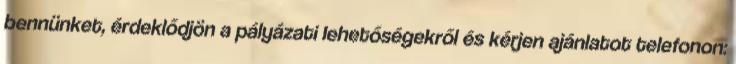
bennünket, érdeklődjön a pályázati lehetőségekről és kérjen ajánlatot telefonon: